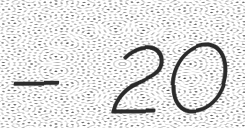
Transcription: – 20